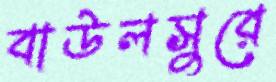
বাউলসুরে